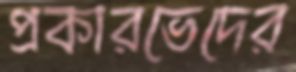
প্রকারভেদের